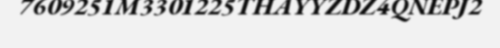
7609251M3301225THAYYZDZ4QNEPJ2